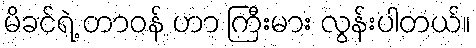
မိခင်ရဲ့ တာဝန် ဟာ ကြီးမား လွန်းပါတယ်။